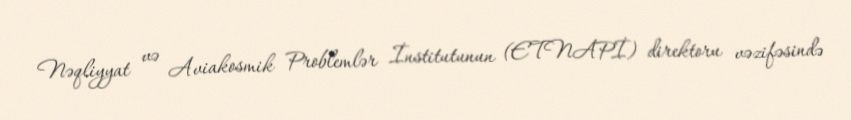
Nəqliyyat və Aviakosmik Problemlər İnstitutunun (ETNAPİ) direktoru vəzifəsində